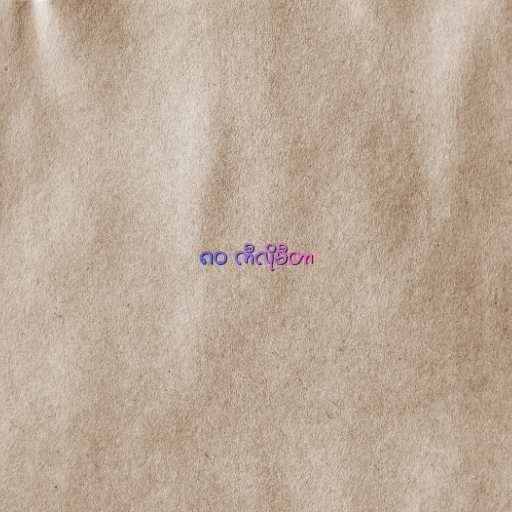
၈၀ ကီလိုမီတာ